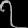
Digit: ၇